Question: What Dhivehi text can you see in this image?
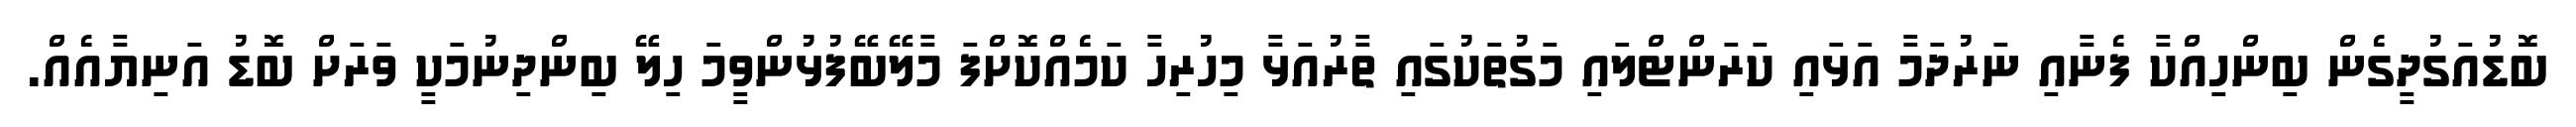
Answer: ބޮޑުއަގުދީގެން ބިންހިއްކާ ފެނާއި ނަރުދަމާ އަޅައި ކަރަންޓްލައި މަގުތަކުގައި ތާރުއަޅާ މިހުރިހާ ކަމެއްކޮށްފަ މާލޭބޭފުޅުންވީމަ ހިލޭ ބިންދިނުމަކީ ވަރަށް ބޮޑު އަނިޔާއެއް.